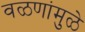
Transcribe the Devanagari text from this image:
वळणांमुळे